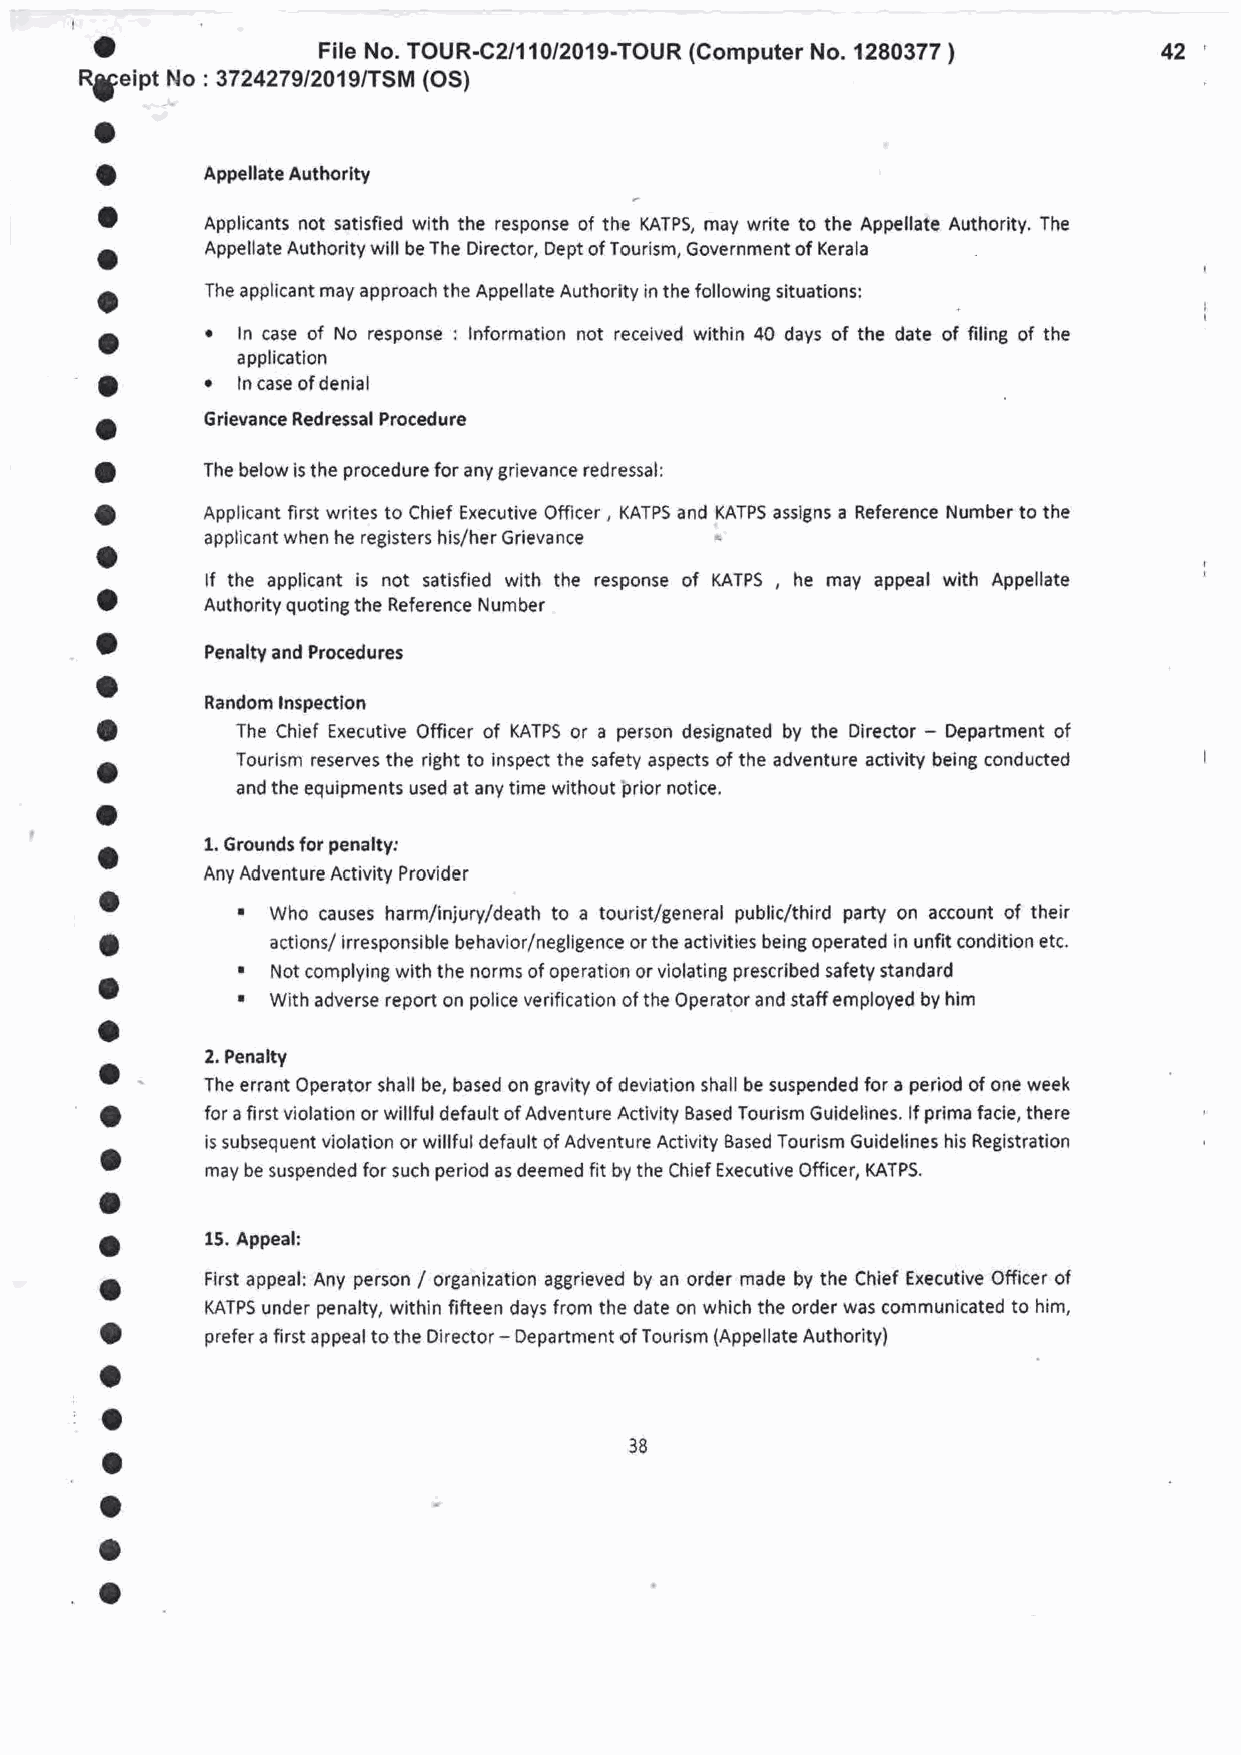
o
 File No. TOUR-C2/11012019-TOUR (Computer No. 1280377    42
 )
 Rg:eint No :3724279/2019/TSM (OS)
 o
 O       Appellate Authority
 O
 Applicants not satisfied with the response of the KATPS, may write to the Appellate Authority, The
 O       Appellate Authority will be The Director, Dept of Tourism, Government of Kerala
 O       The applicant may approach the Appellate Authority in the following situations:
 .
 O              No response : lnformation not received within 40 days of the date of filing of the
 ll'lijj,,lf
 o
 O        ln case of denial
 O       Grievance Redressal Procedure
 O       The below is the procedure for any grievance redressal:
 O       Applicant first writes to Chief Executive Officer , KATPS and KATPS assigns a Reference Number to the
 applicant when he registers his/her Grievance
 o
 lf the applicant is not satisfied with the response of KATPS , he may appeal with Appellate
 O
 Authority quoting the Reference Number
 O
 Penaltyand Procedures
 O
 Random Inspection
 O         The Chief Executive Officer of KATPS or a person designated by the Director - Department of
 a         Tourism reserves the right to inspect the safety aspects of the adventure activity being conducted
 and the equlpments used at any time without prior notice.
 o
 ^      1. Grounds for penaltyl
 t
 Any Adventure Activity Provider
 O        .
 Who causes harm/injury/death to a tourist/general public/third party on account of their
 O          actions/ irresponsible behavior/negligence or the activities being operated in unfit condition etc.
 .
 Not complying with the norms of operation or violating prescribed safety standard
 O        .
 With adverse report on police verification of the Operator and staff employed by him
 o
 ^      2. Penalty
 The errant Operator shall be, based on gravity of deviation shall be suspended for a period of one week
 '
 O      for a first violation or willful default of Adventure Activity Based Tourism Guidelines. lf prima facie, there
 ^      is subsequent violation or willful default of Adventure Activity Based Tourism Guidelines his Registration
 O
 may be suspended for such period as deemed fit by the Chief Executive Officer, KATPS.
 o
 O      15. Appeal:
 a      First appeal; Any person / organization aggrieved by an order made by the Chief Executive Officer of
 KATPS under penalty, within fifteen days f rom the date on which the order was communicated to him,
 O      prefer a first appeal to the Director - Department of Tourism (Appellate Authority)
 a
 |1
 o                                  38
 o
 o
 a